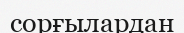
сорғылардан